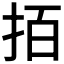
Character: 𢫦